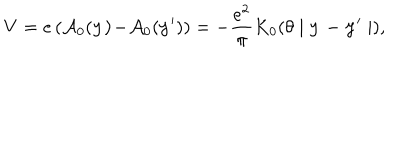
V = e \left( \mathcal { A } _ { 0 } ( \mathbf { y ) - } \mathcal { A } _ { 0 } ( \mathbf { y } ^ { \prime } ) \right) = - \frac { e ^ { 2 } } { \pi } K _ { 0 } ( \theta \mid \mathbf { y - y } ^ { \prime } \mid ) ,